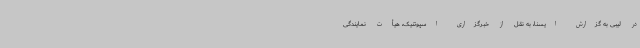
در لیبی به گزارش ایسنا، به نقل از خبرگزاری اسپوتنیک، هیأت نمایندگی